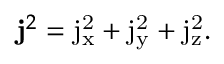
\mathbf { j } ^ { 2 } = \mathrm { j _ { x } ^ { 2 } } + \mathrm { j _ { y } ^ { 2 } } + \mathrm { j _ { z } ^ { 2 } } .